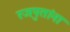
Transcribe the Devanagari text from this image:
रजपुतांना